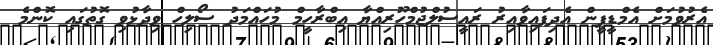
އެރުވުމަށް އެމްޑީޕީން އެދިފައިވާއިރު ރައީސުލްޖުމްހޫރިއްޔާ އިބްރާހީމް މުހައްމަދު ސޯލިހް ވިދާޅުވި ގޮތުގައި ކޮންމެ